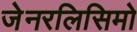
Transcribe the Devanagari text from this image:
जेनरलिसिमो